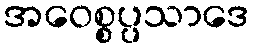
အဝေစ္စပ္ပသာဒေ